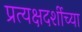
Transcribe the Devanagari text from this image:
प्रत्यक्षदर्शीच्या